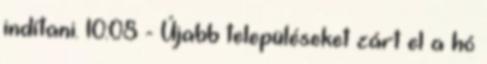
indítani. 10:08 - Újabb településeket zárt el a hó